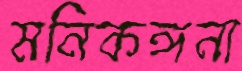
মনিকঙ্গনা